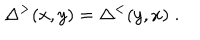
LaTeX: \Delta ^ { > } ( x , y ) = \Delta ^ { < } ( y , x ) \; .